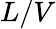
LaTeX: L/V